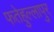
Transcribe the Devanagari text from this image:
फतेहुल्लापुर